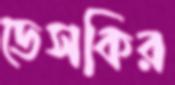
ডেসকির